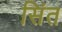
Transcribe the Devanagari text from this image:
सिंत